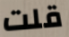
قلت